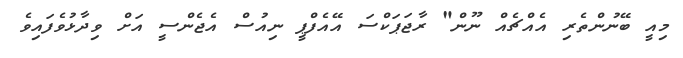
މިއީ ބޭނުންތެރި އެއްޗެއް ނޫން" ރާޖަޕަކްްސަ އޭއެފްޕީ ނިއުސް އެޖެންސީ އަށް ވިދާޅުވެފައިވެ